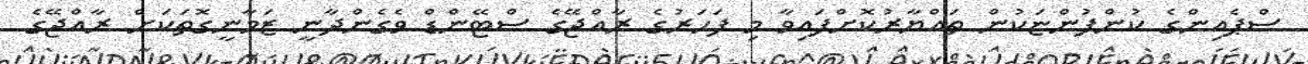
ސްޕެއިންގެ ކުންފުންޏަކުން ތައްޔާރުކޮށްފައިވާ މި ފަހަރުގެ ރާއްޖޭގެ ސްޓޭންޑް ވެގެންދާނީ ޒަމާނީގޮތަކަށް ރާއްޖޭގެ